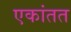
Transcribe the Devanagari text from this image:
एकांतत